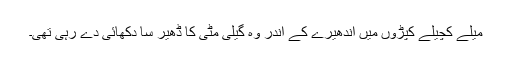
میلے کچیلے کپڑوں میں اندھیرے کے اندر وہ گیلی مٹی کا ڈھیر سا دکھائی دے رہی تھی۔